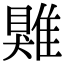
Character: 𩀎